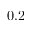
0 . 2